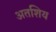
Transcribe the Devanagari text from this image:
अतशिय